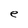
Character: e